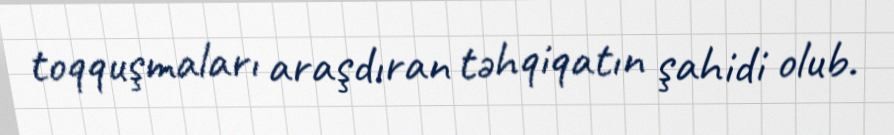
toqquşmaları araşdıran təhqiqatın şahidi olub.